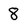
Character: 8